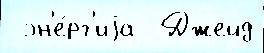
 эн'е́рг'иjа  Джейд